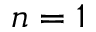
n = 1